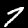
Label: 7